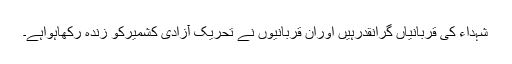
شہداء کی قربانیاں گرانقدرہیں اوران قربانیوں نے تحریک آزادی کشمیرکو زندہ رکھاہواہے۔